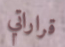
قراراتي